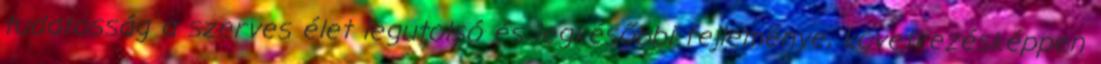
tudatosság a szerves élet legutolsó és legkésőbbi fejleménye, következésképpen